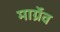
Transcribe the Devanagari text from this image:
मार्ग्रेव